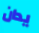
يدان